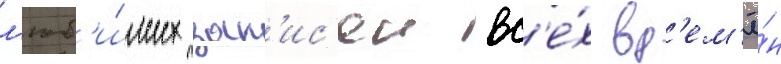
л'юб'и́мых зап'ис'еи вс'е́х вр'ем'ё́н